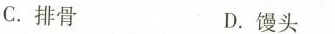
C.排骨 D.馒头